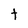
Character: t